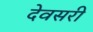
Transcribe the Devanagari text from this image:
देवसरी